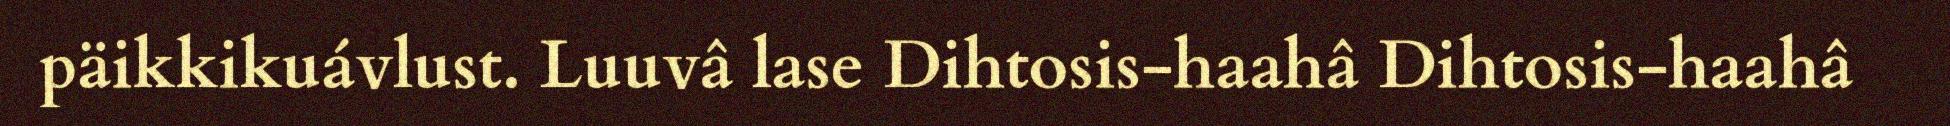
päikkikuávlust. Luuvâ lase Dihtosis-haahâ Dihtosis-haahâ